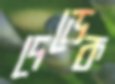
দেড়েক